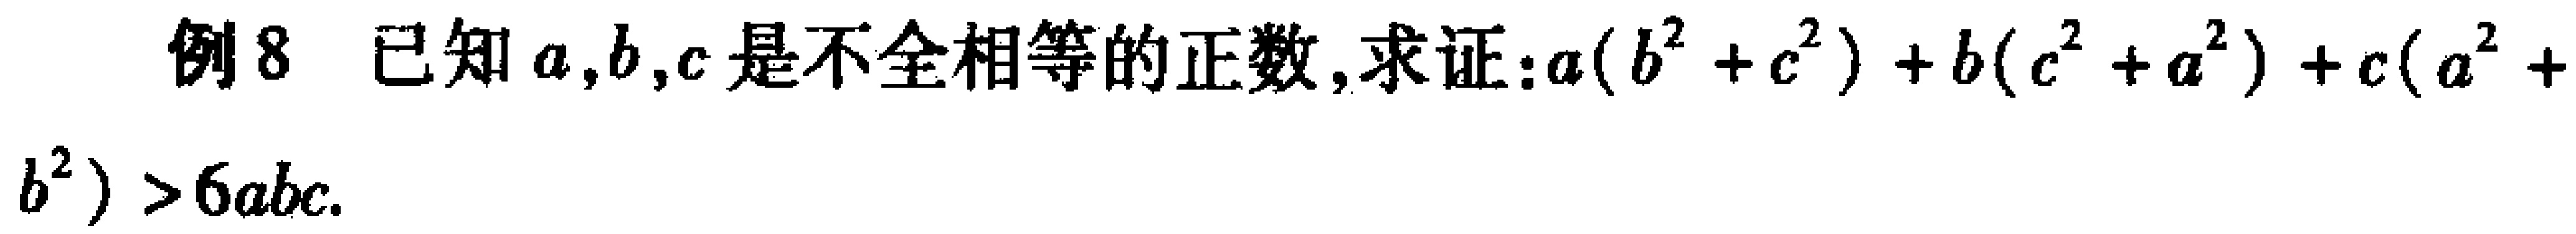
例8 已知\(a,b,c\)是不全相等的正数,求证:\(a(b^{2}+c^{2})+b(c^{2}+a^{2})+c(a^{2}+b^{2})>6abc\).